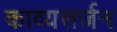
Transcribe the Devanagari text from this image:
काव्यसर्जन